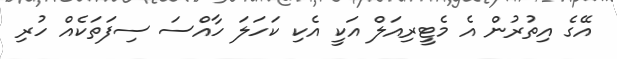
އޭގެ އިތުރުން އެ މެޓީރިއަލް އަކީ އެކި ކަހަލަ ހާއްސަ ސިފަތަކެއް ހުރި